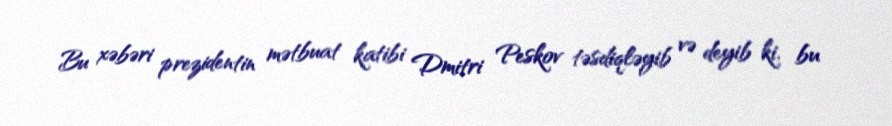
Bu xəbəri prezidentin mətbuat katibi Dmitri Peskov təsdiqləyib və deyib ki, bu